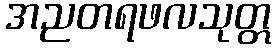
အညတရဖလသုတ္တ